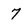
Character: 7